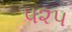
૫૨૫